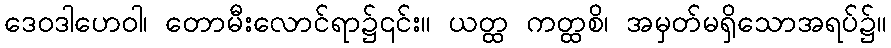
ဒေဝဒါဟေဝါ၊ တောမီးလောင်ရာ၌၎င်း။ ယတ္ထ ကတ္ထစိ၊ အမှတ်မရှိသောအရပ်၌။